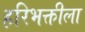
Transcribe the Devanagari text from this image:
हरिभक्तीला